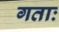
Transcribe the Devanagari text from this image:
गताः